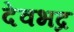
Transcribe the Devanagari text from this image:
देवभद्र